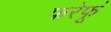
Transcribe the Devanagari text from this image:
फरेफूं